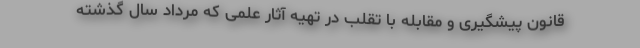
قانون پیشگیری و مقابله با تقلب در تهیه آثار علمی که مرداد سال گذشته